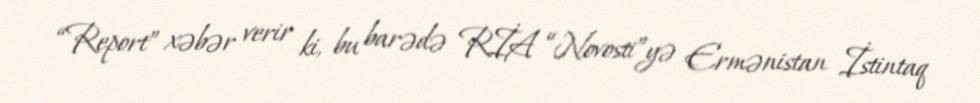
“Report” xəbər verir ki, bu barədə RİA “Novosti”yə Ermənistan İstintaq